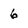
Character: 6